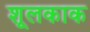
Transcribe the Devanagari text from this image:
शूलकाक